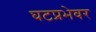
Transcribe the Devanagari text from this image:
घटप्रभेवर